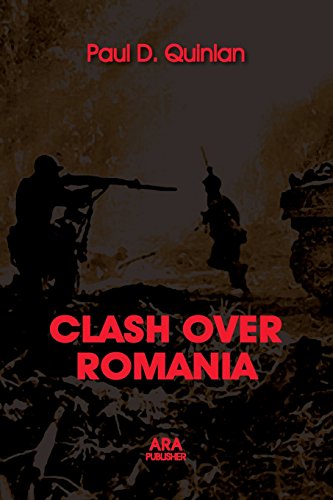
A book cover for CLASH OVER ROMANIA, Vol. II. British and American Policies toward Romania: 1938 - 1947, the 2nd Edition; Paul D. Quinlan; History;